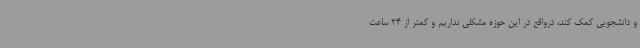
و دانشجویی کمک کند، درواقع در این حوزه مشکلی نداریم و کمتر از 24 ساعت